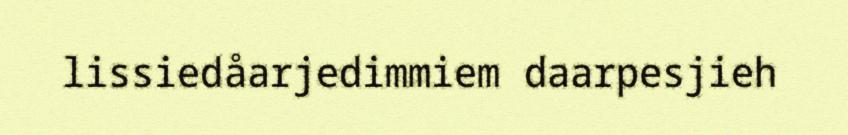
lissiedåarjedimmiem daarpesjieh